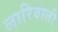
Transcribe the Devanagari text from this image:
लारिवाली